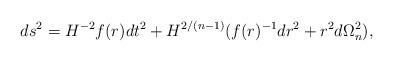
LaTeX: \begin{align*}ds^2 = H^{-2} f(r) dt^2 + H^{2/(n-1)}(f(r)^{-1}dr^2 +r^2 d\Omega_n^2),\end{align*}